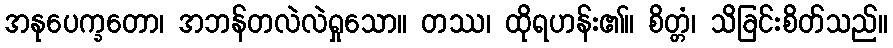
အနုပေက္ခတော၊ အဘန်တလဲလဲရှုသော။ တဿ၊ ထိုရဟန်း၏။ စိတ္တံ၊ သိခြင်းစိတ်သည်။